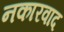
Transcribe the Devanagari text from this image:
नकारवाद